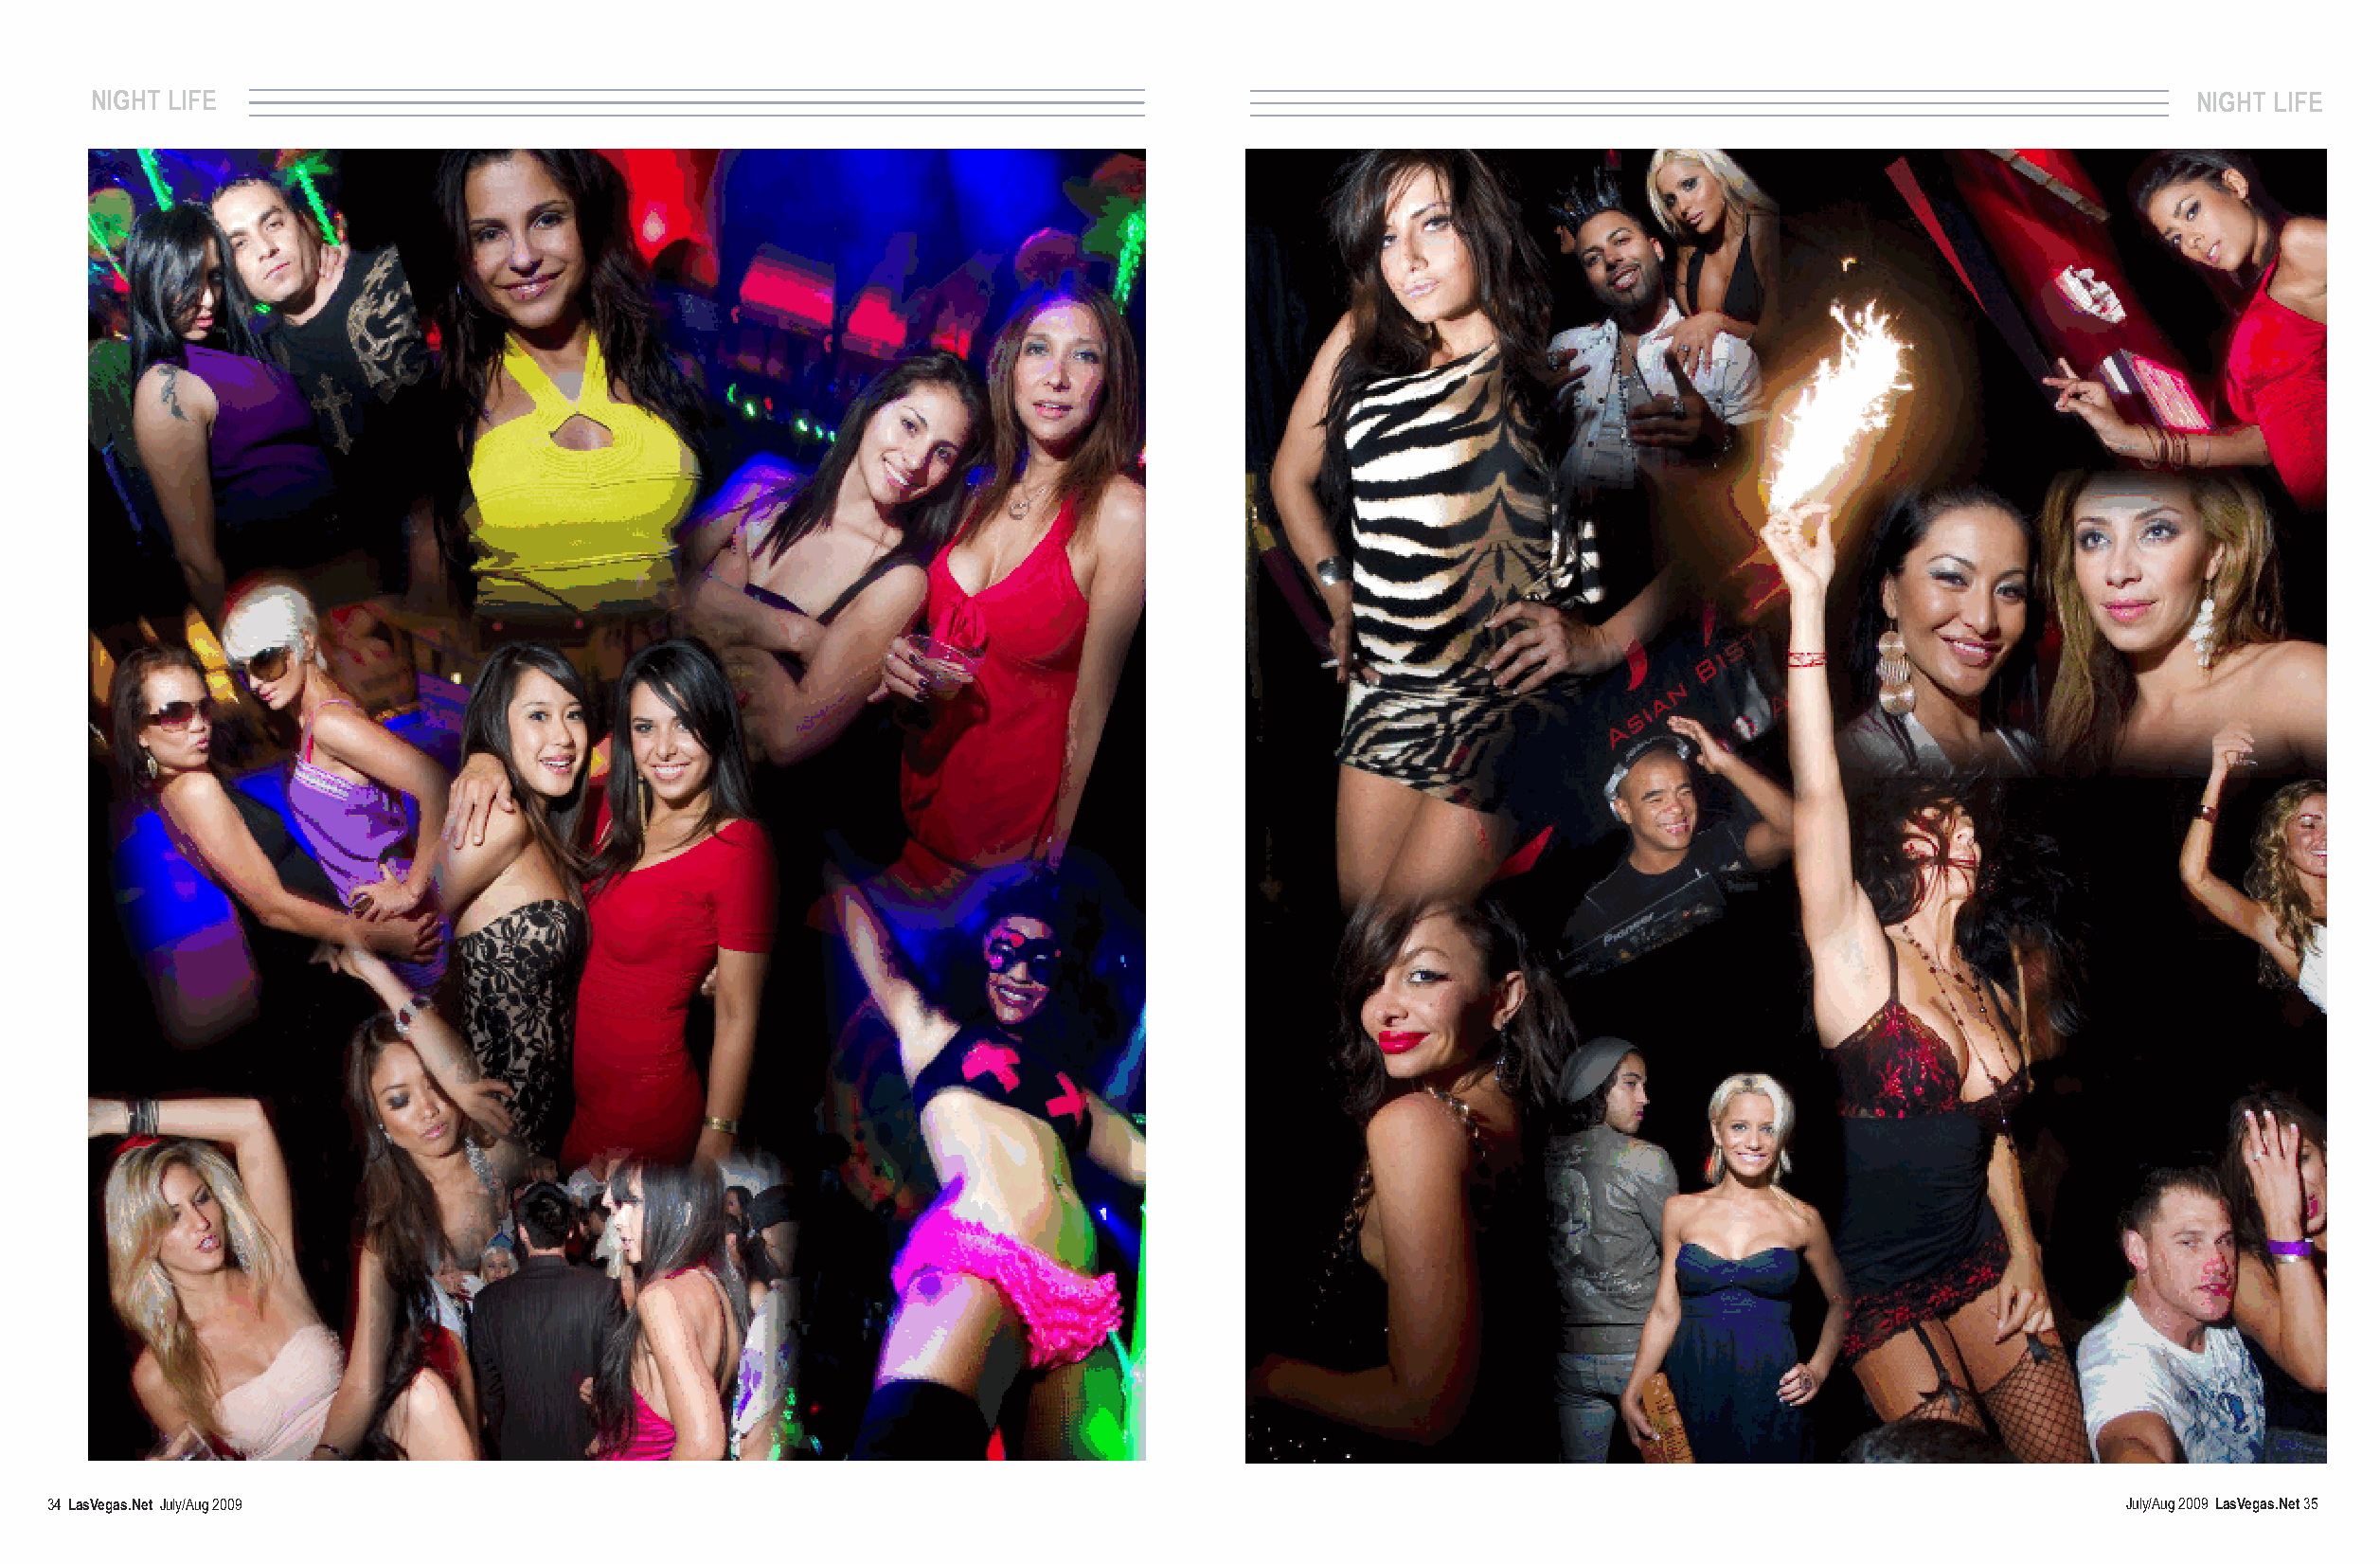
NIGHT LIFE                                                                                                                                          NIGHT LIFE
 34 LasVegas.Net July/Aug 2009                                                                                                                     July/Aug 2009 LasVegas.Net35